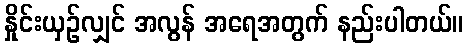
နှိုင်းယှဉ်လျှင် အလွန် အရေအတွက် နည်းပါတယ်။